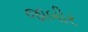
જાબીર